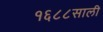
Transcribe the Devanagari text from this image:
१६८८साली